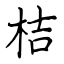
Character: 桔